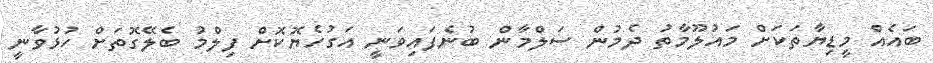
ބައެއް މީޑިޔާތަކަށް މައުލޫމާތު ދެމުން ސަލްމާން ބުނެފައިވަނީ އަގުހެޔޮކޮށް ފިލްމު ބެލޭގޮތަށް ހުޅުވާނީ